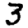
Digit: 3